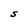
Character: S